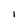
Character: i